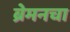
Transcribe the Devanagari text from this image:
ब्रेमनचा